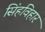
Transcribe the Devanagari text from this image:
सिंहविहार